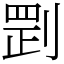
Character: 㓻